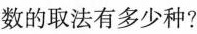
数的取法有多少种?